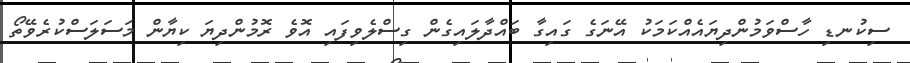
ސިކުނޑި ހާސްވަމުންދިޔައެއްކަމަކު އޭނަގެ ގައިގާ ބައްދާލައިގެން ގިސްލެވިފައި އޮވެ ރޮމުންދިޔަ ކިޔާން މަސަލަސްކުރެވޭތޯ